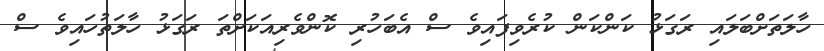
ހާލަތަށްބަލައި ރަގަޅު ކަންކަން ކުރެވިފައިވެ ސް އެބަހުރި ކޮންވެރިއަކަށްތަ ރަގަޅު ހާލަތުހައިވެ ސް